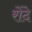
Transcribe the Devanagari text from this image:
रोंदे